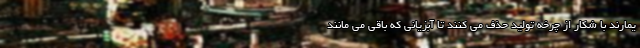
یمارند با شکار از چرخه تولید حذف می کنند تا آبزیانی که باقی می مانند